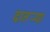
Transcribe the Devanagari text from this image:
दातर्‍या